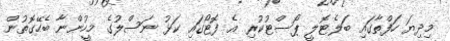
މިދިޔަ ހަފްތާގައި ބަލެޓޮލީ ޕޯސްޓުކުރި އެ ފޮޓޯގައި ކަޅު ނަސްލުގެ މީހުންނާ ބެހޭގޮތުން